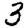
Digit: 3